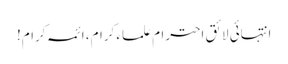
انتہائی لائق احترام علماء کرام، ائمہ کرام!